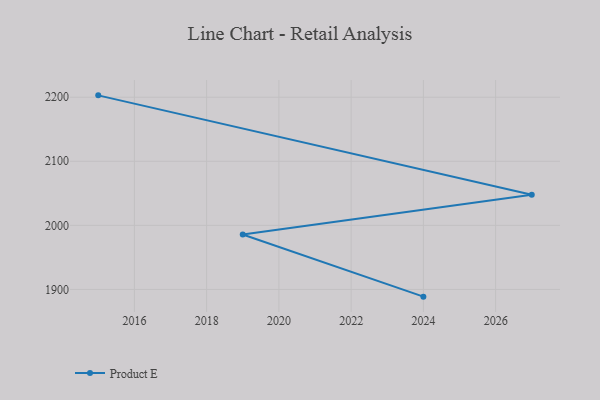
{"axis": {"x": "Year", "y": "LTV (USD)"}, "legend": ["Product E"], "data": [{"x": "2015", "y": 2202.9, "type": "Product E"}, {"x": "2027", "y": 2047.8, "type": "Product E"}, {"x": "2019", "y": 1985.7, "type": "Product E"}, {"x": "2024", "y": 1888.7, "type": "Product E"}]}